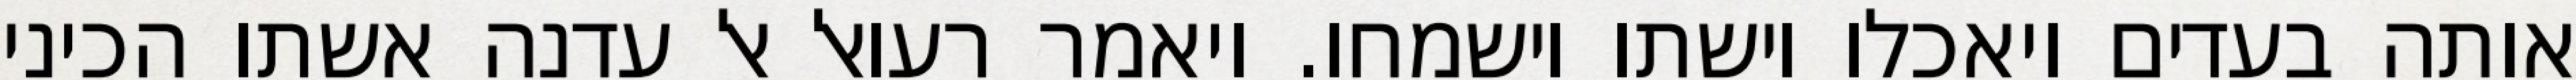
אותה בעדים ויאכלו וישתו וישמחו. ויאמר רעואל אל עדנה אשתו הכיני